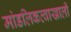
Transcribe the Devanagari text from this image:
मांडलिकत्वाखाली